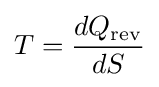
T={\frac {dQ_{\mathrm {rev} }}{dS}}